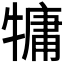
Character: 𤛑